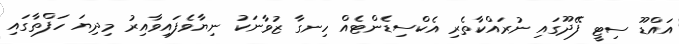
އައްޑޫ ސިޓީ ފޭދޫގައި ނުރައްކާތެރި އެކްސިޑެންޓެއް ހިނގާ ޒުވާނަކު ނިޔާވެފައިވާއިރު މިދިޔަ ހަފްތާގައި